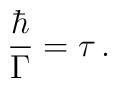
\frac{\hbar}{\Gamma} = \tau\,.